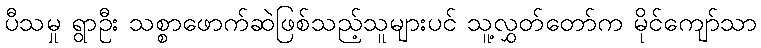
ပီသမှု ရွာဦး သစ္စာဖောက်ဆဲဖြစ်သည့်သူများပင် သူ့လွှတ်တော်က မိုင်ကျော်သာ